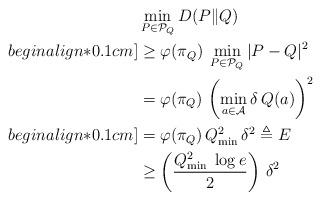
LaTeX: \begin{align*}& \min_{P \in \mathcal{P}_Q} D(P\|Q) \\begin{align*}0.1cm]& \geq \varphi(\pi_Q) \; \min_{P \in \mathcal{P}_Q} |P-Q|^2 \\& = \varphi(\pi_Q) \, \left( \min_{a \in \mathcal{A}} \delta \, Q(a) \right)^2 \\begin{align*}0.1cm]& = \varphi(\pi_Q) \, Q_{\min}^2 \, \delta^2 \triangleq E_{} \\& \geq \left(\frac{Q_{\min}^2 \; \log e}{2} \right) \, \delta^2 \end{align*}